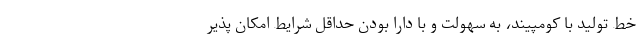
خط تولید با کومپیند، به سهولت و با دارا بودن حداقل شرایط امکان پذیر